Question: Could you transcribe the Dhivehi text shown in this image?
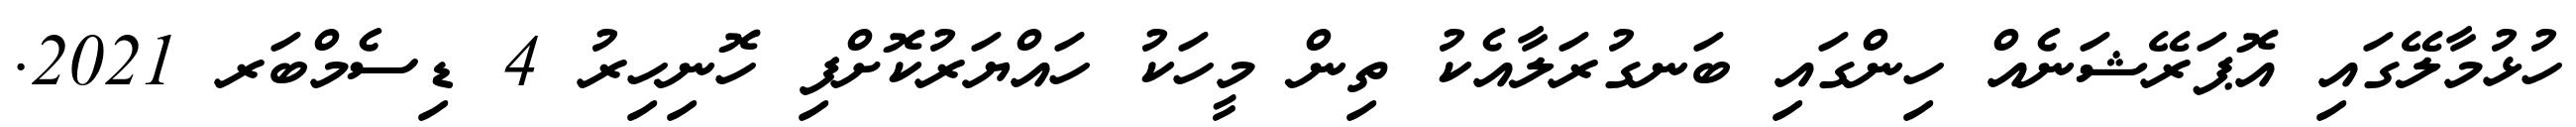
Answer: ހުޅުމާލޭގައި އޮޕަރޭޝަނެއް ހިންގައި ބަނގުރަލާއެކު ތިން މީހަކު ހައްޔަރުކޮށްފި ހޮނިހިރު 4 ޑިސެމްބަރ 2021.